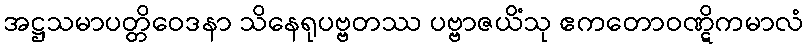
အဋ္ဌသမာပတ္တိဝေဒနာ သိနေရုပဗ္ဗတဿ ပဗ္ဗာဇယိံသု ဧကတောဝဏ္ဋိကမာလံ